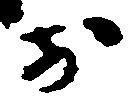
於